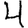
Digit: 4